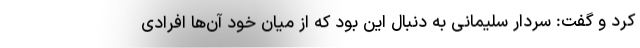
کرد و گفت: سردار سلیمانی به دنبال این بود که از میان خود آن‌ها افرادی